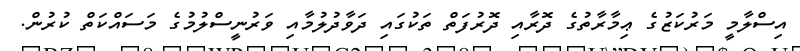
އިސްލާމީ މަރުކަޒުގެ ޢިމާރާތުގެ ދޮރާއި ދޮރުފަތް ތަކުގައި ދަވާދުލުމާއި ވަރުނީސްލުމުގެ މަސައްކަތް ކުރުން.